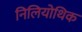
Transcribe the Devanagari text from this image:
निलियोथिक